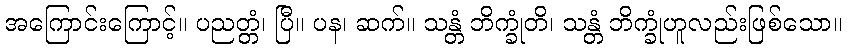
အကြောင်းကြောင့်။ ပညတ္တံ၊ ပြီ။ ပန၊ ဆက်။ သန္တံ ဘိက္ခုံတိ၊ သန္တံ ဘိက္ခုံဟူလည်းဖြစ်သော။